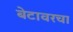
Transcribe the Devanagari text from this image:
बेटावरचा